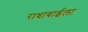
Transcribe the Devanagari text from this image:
राधाबाईला